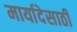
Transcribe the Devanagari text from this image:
मार्यादेसाठी